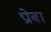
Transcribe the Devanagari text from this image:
प्रोबा